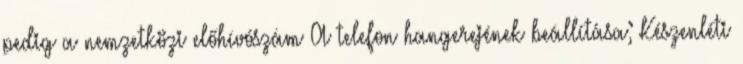
pedig a nemzetközi előhívószám A telefon hangerejének beállítása; Készenléti